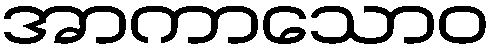
အာကာသောဝ